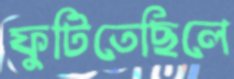
ফুটিতেছিলে